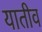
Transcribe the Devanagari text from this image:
यातीव